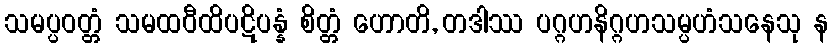
သမပ္ပဝတ္တံ သမထဝီထိပဋိပန္နံ စိတ္တံ ဟောတိ, တဒါဿ ပဂ္ဂဟနိဂ္ဂဟသမ္ပဟံသနေသု န